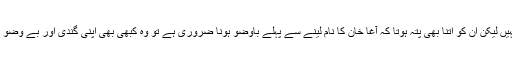
ان دونوں کم ظرفوں سے تو گلہ بھی نہیں لیکن ان کو اتنا بھی پتہ ہوتا کہ آغا خان کا نام لینے سے پہلے باوضو ہونا ضروری ہے تو وہ کبھی بھی اپنی گندی اور بے وضو زبان سے ایسی بکواسیات نہیں کرتے۔